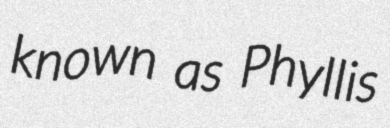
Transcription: known as Phyllis